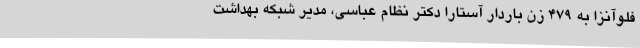
فلوآنزا به 479 زن باردار آستارا دکتر نظام عباسی، مدیر شبکه بهداشت